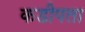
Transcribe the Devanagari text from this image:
कडीपता